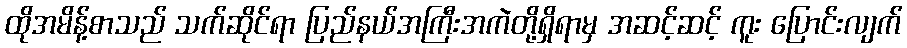
ထိုအမိန့်စာသည် သက်ဆိုင်ရာ ပြည်နယ်အကြီးအကဲတို့ရှိရာမှ အဆင့်ဆင့် ကူး ပြောင်းလျက်